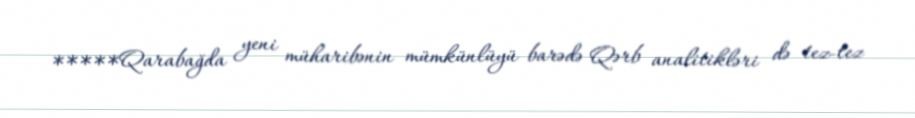
*****Qarabağda yeni müharibənin mümkünlüyü barədə Qərb analitikləri də tez-tez